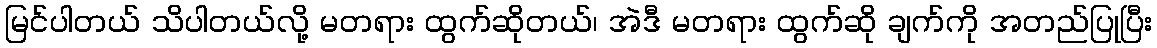
မြင်ပါတယ် သိပါတယ်လို့ မတရား ထွက်ဆိုတယ်၊ အဲဒီ မတရား ထွက်ဆို ချက်ကို အတည်ပြုပြီး